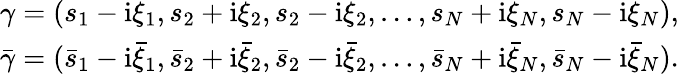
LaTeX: \begin{array}{r}{\gamma=(s_{1}-\mathrm{i}\xi_{1},s_{2}+\mathrm{i}\xi_{2},s_{2}-\mathrm{i}\xi_{2},\dots,s_{N}+\mathrm{i}\xi_{N},s_{N}-\mathrm{i}\xi_{N}),}\\ {\bar{\gamma}=(\bar{s}_{1}-\mathrm{i}\bar{\xi}_{1},\bar{s}_{2}+\mathrm{i}\bar{\xi}_{2},\bar{s}_{2}-\mathrm{i}\bar{\xi}_{2},\dots,\bar{s}_{N}+\mathrm{i}\bar{\xi}_{N},\bar{s}_{N}-\mathrm{i}\bar{\xi}_{N}).}\end{array}